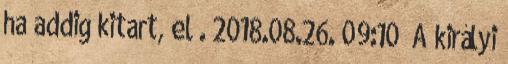
ha addig kitart, el . 2018.08.26. 09:10 „A királyi